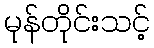
မုန်တိုင်းသင့်